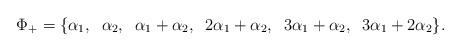
LaTeX: \begin{align*}\Phi_+=\{\alpha_1,\;\; \alpha_2, \;\; \alpha_1+\alpha_2, \;\; 2\alpha_1+\alpha_2, \;\; 3\alpha_1+\alpha_2, \;\; 3\alpha_1+2\alpha_2\}.\end{align*}